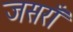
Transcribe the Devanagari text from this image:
जसराँ